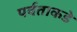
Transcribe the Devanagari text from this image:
पर्वताकडे